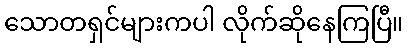
သောတရှင်များကပါ လိုက်ဆိုနေကြပြီ။